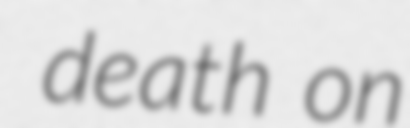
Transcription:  death on